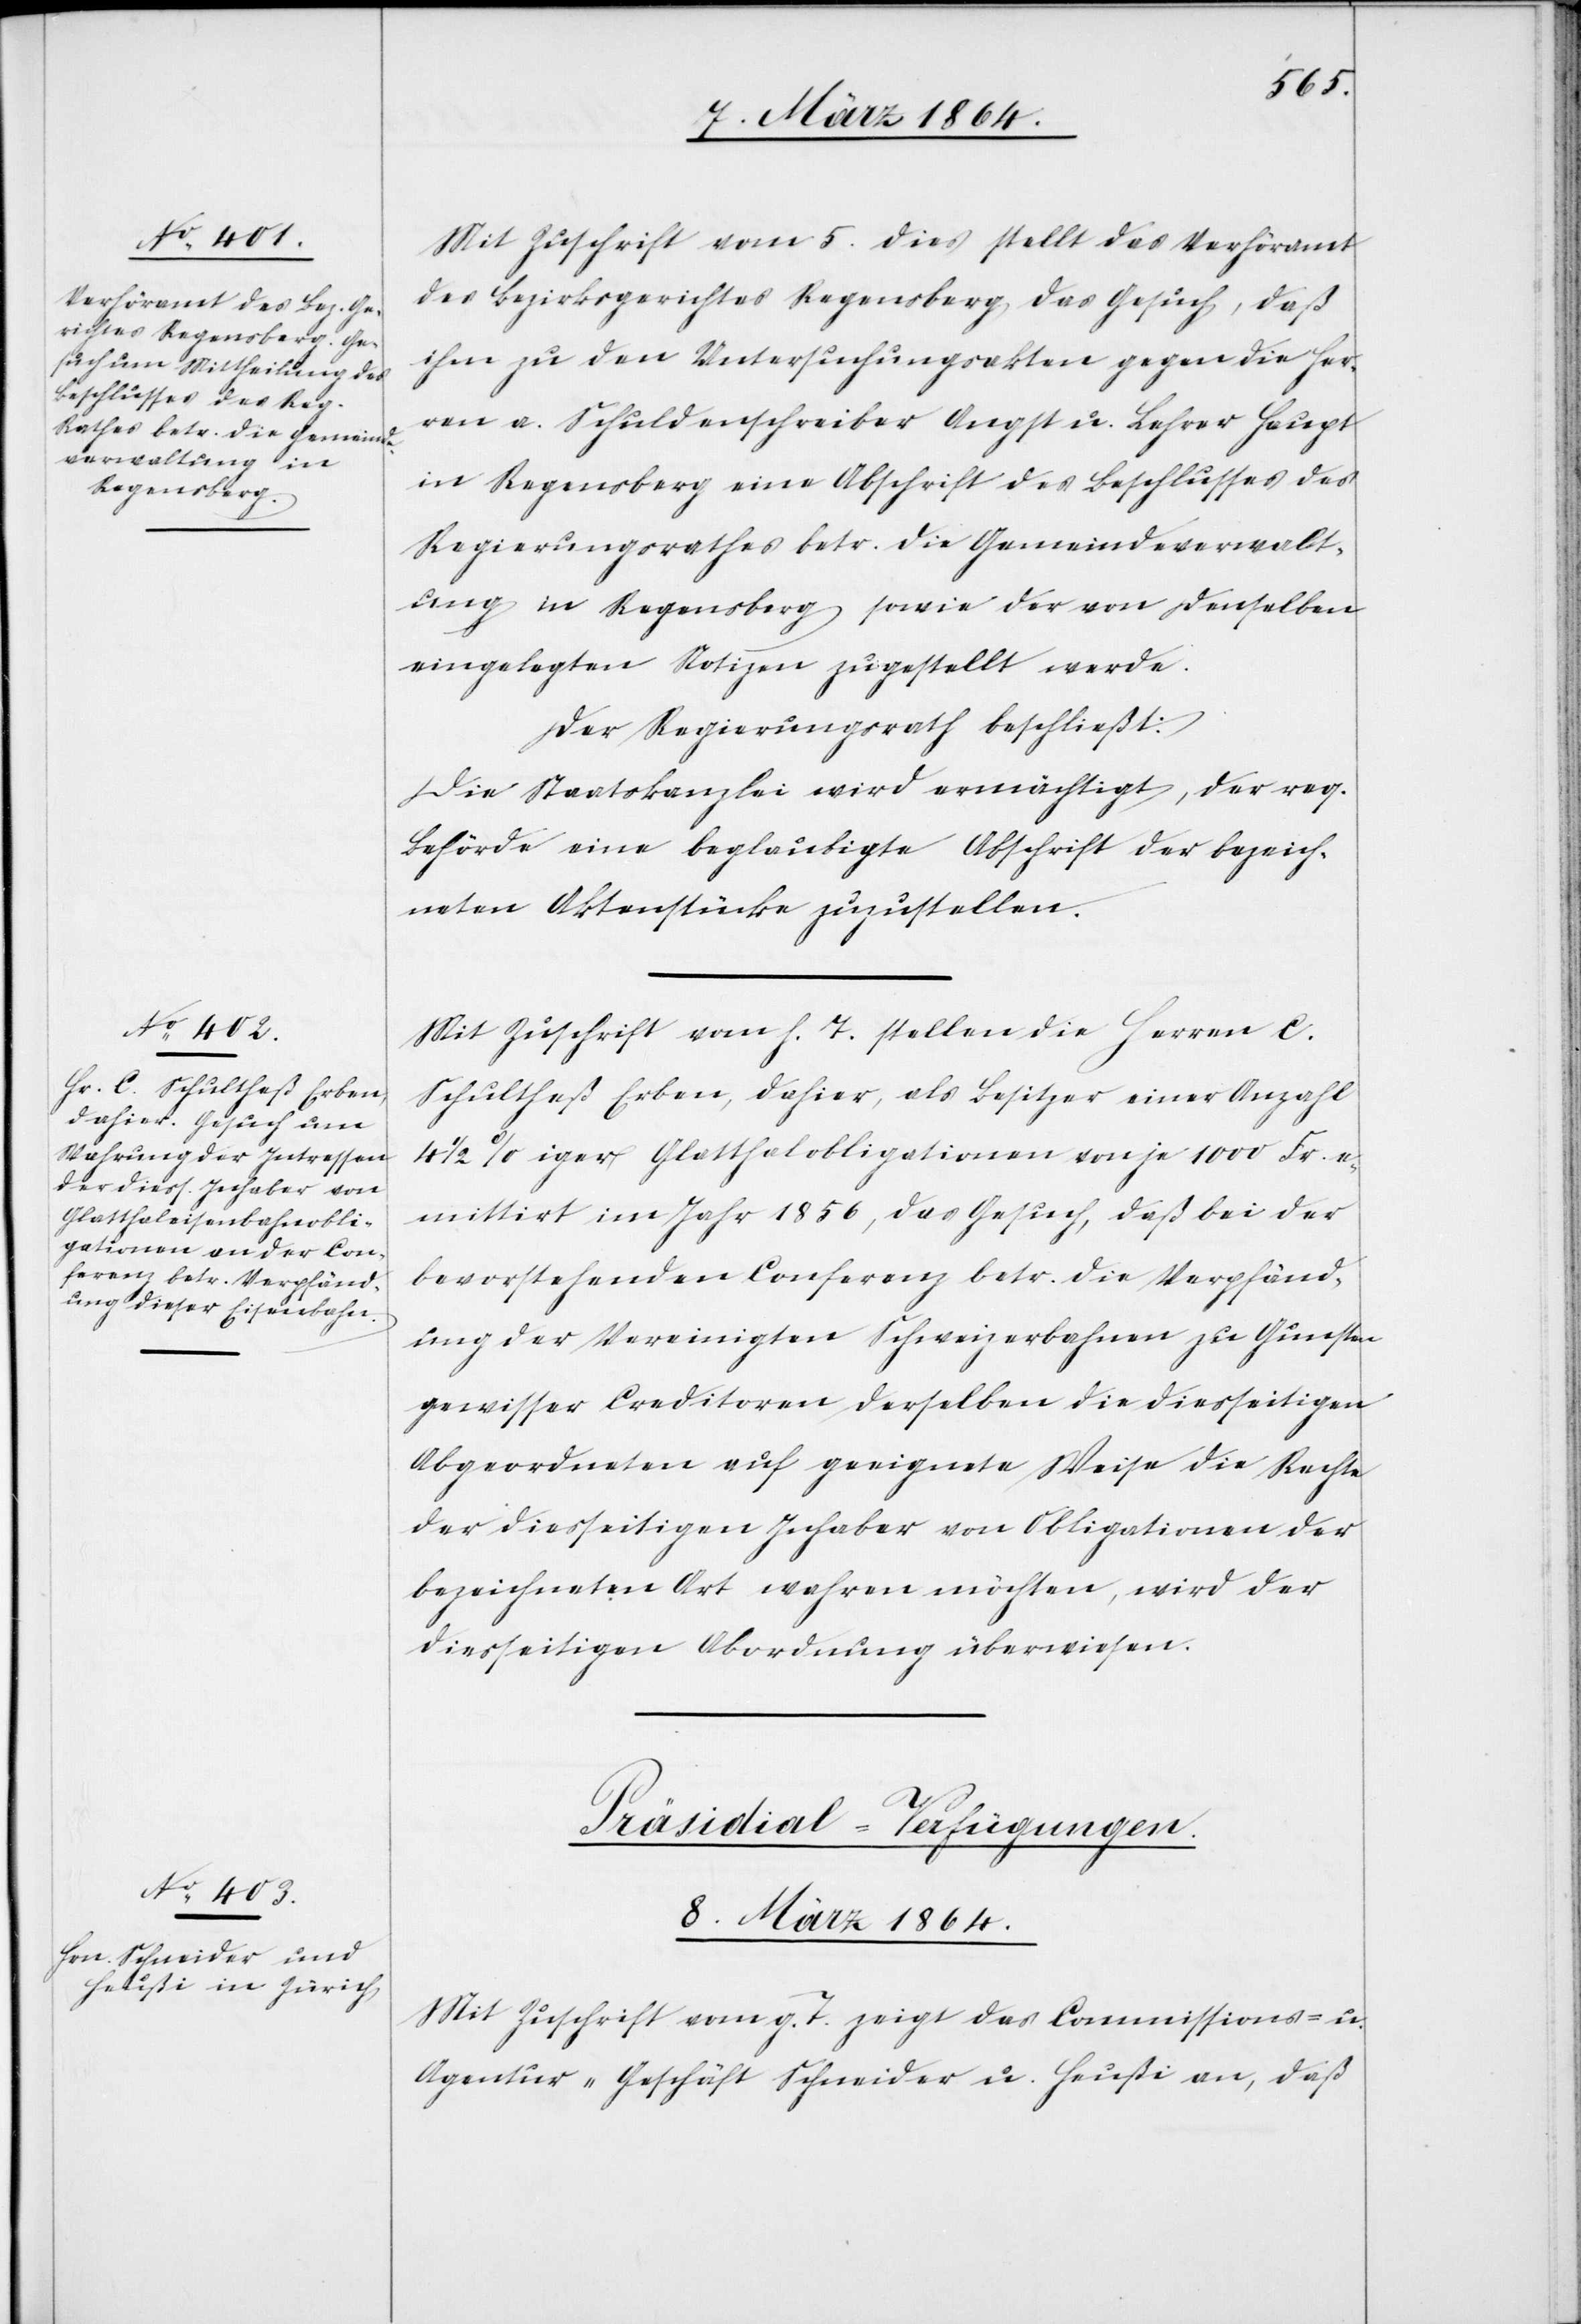
Mit Zuschrift vom 5. dies stellt das Verhöramt
des Bezirksgerichtes Regensberg das Gesuch, daß
ihm zu den Untersuchungsakten gegen die Her¬
ren a. Schuldenschreiber Angst u. Lehrer Haupt
in Regensberg eine Abschrift des Beschlusses des
Regierungsrathes betr. die Gemeindeverwalt¬
ung in Regensberg sowie der von denselben
eingelegten Notizen zugestellt werde.
Der Regierungsrath beschließt:
Die Staatskanzlei wird ermächtigt, der req.
Behörde eine beglaubigte Abschrift der bezeich¬
neten Aktenstücke zuzustellen.
Mit Zuschrift vom h. T. stellen die Herren C.
Schultheß Erben, dahier, als Besitzer einer Anzahl
1/2%iger Glatthalobligationen von je 1000 Fr. e¬
mittirt im Jahr 1856, das Gesuch, daß bei der
bevorstehenden Conferenz betr. die Verpfänd¬
ung der Vereinigten Schweizerbahnen zu Gunsten
gewisser Creditoren derselben die diesseitigen
Abgeordneten auf geeignete Weise die Rechte
der diesseitigen Inhaber von Obligationen der
bezeichneten Art wehren möchten, wird der
diesseitigen Abordnung überwiesen.
Präsidial-Verfügungen.
8. März 1864.
Mit Zuschrift vom g. T. zeigt das Commissions- u.
Agentur-Geschäft Schneider u. Heußi an, daß